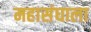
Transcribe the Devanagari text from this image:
महासंघाला